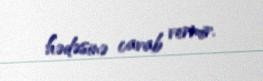
hədəsinə cavab vermir.